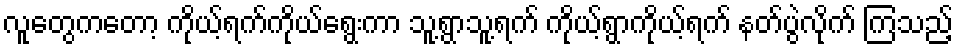
လူတွေကတော့ ကိုယ့်ရက်ကိုယ်ရွေးကာ သူ့ရွာသူ့ရက် ကိုယ့်ရွာကိုယ့်ရက် နတ်ပွဲလိုက် ကြသည့်